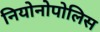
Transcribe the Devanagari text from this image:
नियोनोपोलिस